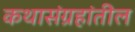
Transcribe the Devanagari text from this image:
कथासंग्रहांतील